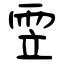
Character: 雴